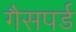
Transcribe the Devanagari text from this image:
गैसपर्ड